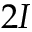
2 I